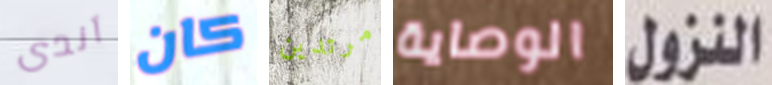
آندى كان مرتدين الوصاية النزول